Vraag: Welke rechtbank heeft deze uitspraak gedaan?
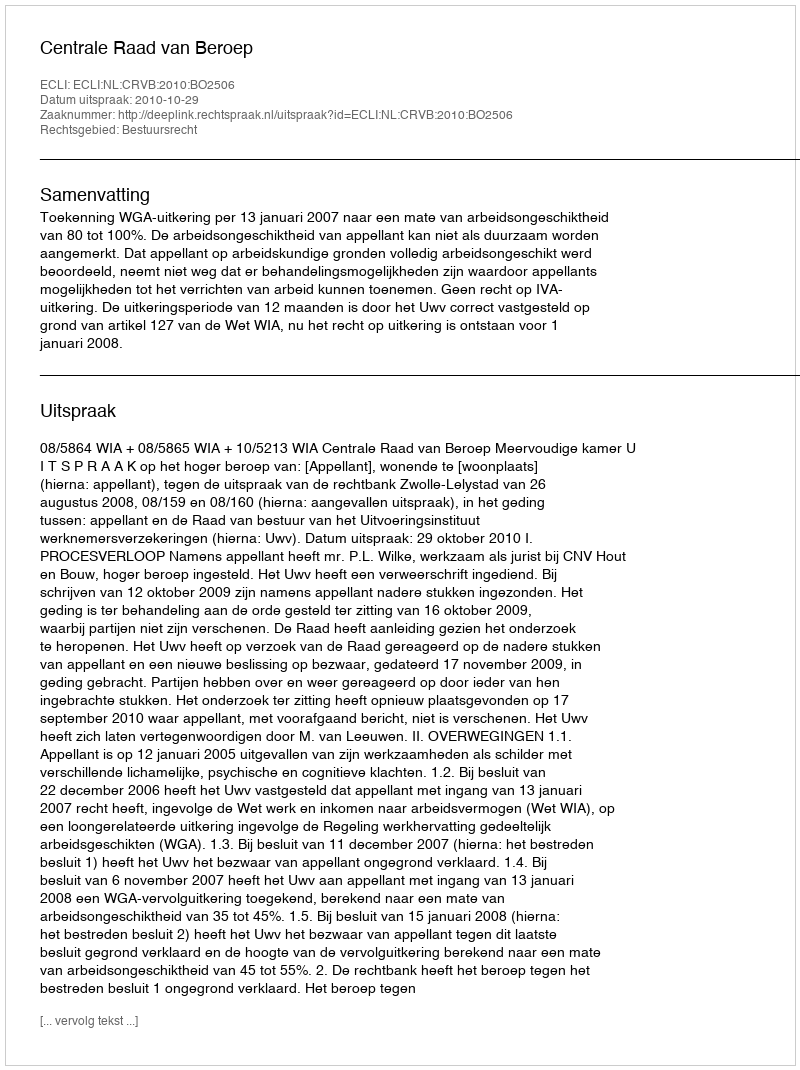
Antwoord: Centrale Raad van Beroep